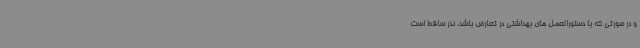
و در صورتی که با دستورالعمل های بهداشتی در تعارض باشد، نذر ساقط است